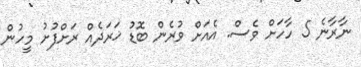
ނާރާނެ 5 ހާހަށް ވެސް. އެއަށް ވުރެން ބޮޑު ޚަރަދެއް ރަށްފުށު މީހުން